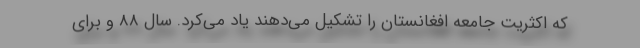
که اکثریت جامعه افغانستان را تشکیل می‌دهند یاد می‌کرد. سال 88 و برای